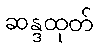
ဆန္ဒထုတ်